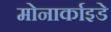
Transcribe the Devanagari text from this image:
मोनार्काइडे